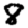
Digit: 8